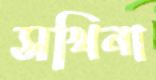
সখিনা